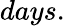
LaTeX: days.